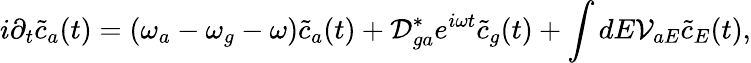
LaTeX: i\partial_{t}\tilde{c}_{a}(t)=(\omega_{a}-\omega_{g}-\omega)\tilde{c}_{a}(t)+\mathcal{D}_{ga}^{*}e^{i\omega t}\tilde{c}_{g}(t)+\int dE\mathcal{V}_{aE}\tilde{c}_{E}(t),